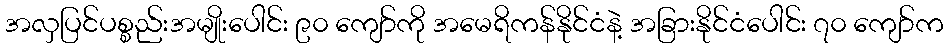
အလှပြင်ပစ္စည်းအမျိုးပေါင်း ၉၀ ကျော်ကို အမေရိကန်နိုင်ငံနဲ့ အခြားနိုင်ငံပေါင်း ၇၀ ကျော်က